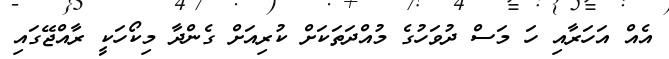
އެއް އަހަރާއި ހަ މަސް ދުވަހުގެ މުއްދަތަކަށް ކުރިއަށް ގެންދާ މިކޯހަކީ ރާއްޖޭގައި